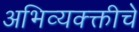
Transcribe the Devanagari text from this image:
अभिव्यक्क्तीचे